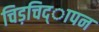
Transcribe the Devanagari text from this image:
चिड़चिद्ापन